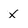
Character: X